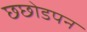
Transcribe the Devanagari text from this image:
छछोडपन